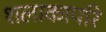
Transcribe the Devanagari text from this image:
शलाकापरि